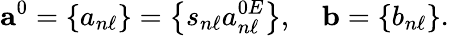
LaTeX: \mathbf{a}^{0}=\left\{ a_{n\ell}\right\} =\left\{ s_{n\ell}a_{n\ell}^{0E}\right\} ,\quad\mathbf{b}=\left\{ b_{n\ell}\right\} .